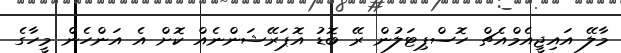
މާލޭ އައިޖީއެމްއެޗް ހޮސްޕިޓަލުން ރޭ ބޮޑު އޮޕަރޭޝަންނެއް ކޮށް އެ އަންހެން މީހާގެ